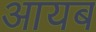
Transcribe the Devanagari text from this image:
आयब